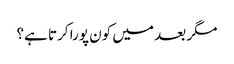
مگر بعد میں کون پورا کرتا ہے؟